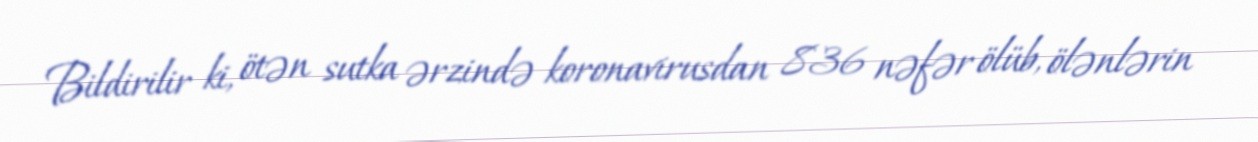
Bildirilir ki, ötən sutka ərzində koronavirusdan 836 nəfər ölüb, ölənlərin